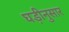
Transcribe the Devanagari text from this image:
घड़ीनुसार